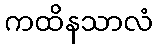
ကထိနသာလံ